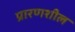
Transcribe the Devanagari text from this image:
प्रारणशील